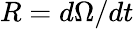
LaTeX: R=d\Omega/dt